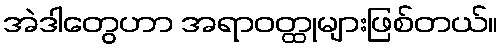
အဲဒါတွေဟာ အရာဝတ္ထုများဖြစ်တယ်။